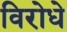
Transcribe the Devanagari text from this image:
विरोधे